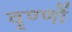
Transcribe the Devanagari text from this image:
वृण्णों